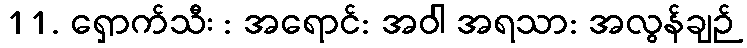
11. ရှောက်သီး : အရောင်: အဝါ အရသာ: အလွန်ချဉ်